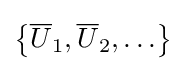
\left\{{\overline {U}}_{1},{\overline {U}}_{2},\ldots \right\}